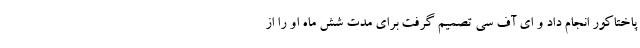
پاختاکور انجام داد و ای آف سی تصمیم گرفت برای مدت شش ماه او را از